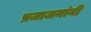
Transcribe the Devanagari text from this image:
प्रजाजनांनी